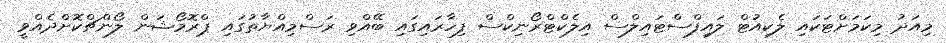
މިއަދު މިކަމަށްޓަކައި ލެކިއުޓް ލައިފްސްޓައިލްސް އިލެކްޓްރޯނިކްސް ފިހާރައިގައި ބޭއްވި ރަސްމިއްޔާތުގައި ޕްރޮމޯޝަން ލޯންޗްކޮށްދެއްވީ